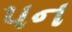
પન